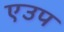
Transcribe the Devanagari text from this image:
एउप